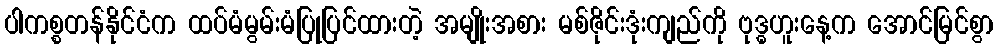
ပါကစ္စတန်နိုင်ငံက ထပ်မံမွမ်းမံပြုပြင်ထားတဲ့ အမျိုးအစား မစ်ဇိုင်းဒုံးကျည်ကို ဗုဒ္ဓဟူးနေ့က အောင်မြင်စွာ